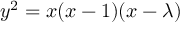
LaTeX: y ^ { 2 } = x ( x - 1 ) ( x - \lambda )